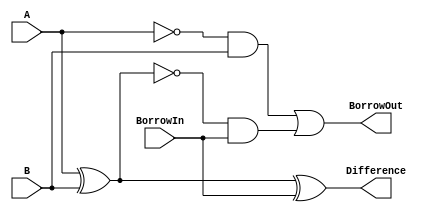
module FullSubtractor (
  input A,
  input B,
  input BorrowIn,
  output Difference,
  output BorrowOut
);

  wire sum1, sum2, sum3, borrow1, borrow2;

  assign sum1 = A ^ B;
  assign sum2 = sum1 ^ BorrowIn;
  assign Difference = sum2;
  assign borrow1 = (~A) & B;
  assign borrow2 = borrow1 | ((~sum1) & BorrowIn);
  assign BorrowOut = borrow2;

endmodule